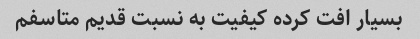
بسیار افت کرده کیفیت به نسبت قدیم متاسفم